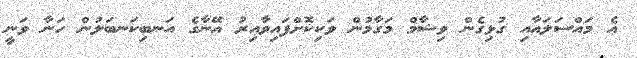
އެ މައްސަލައާއި ގުޅިގެން ވިޝާމް މަގާމުން ވަކިކޮށްފައިވާއިރު އޭނާގެ އަނބިކަނބަލުން ހަނާ ވަނީ